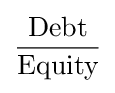
{\frac {\text{Debt}}{\text{Equity}}}